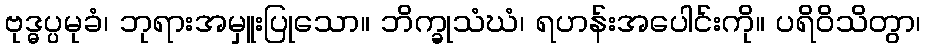
ဗုဒ္ဓပ္ပမုခံ၊ ဘုရားအမှူးပြုသော။ ဘိက္ခုသံဃံ၊ ရဟန်းအပေါင်းကို။ ပရိဝိသိတွာ၊